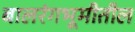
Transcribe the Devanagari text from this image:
बालरंगभूमीतील